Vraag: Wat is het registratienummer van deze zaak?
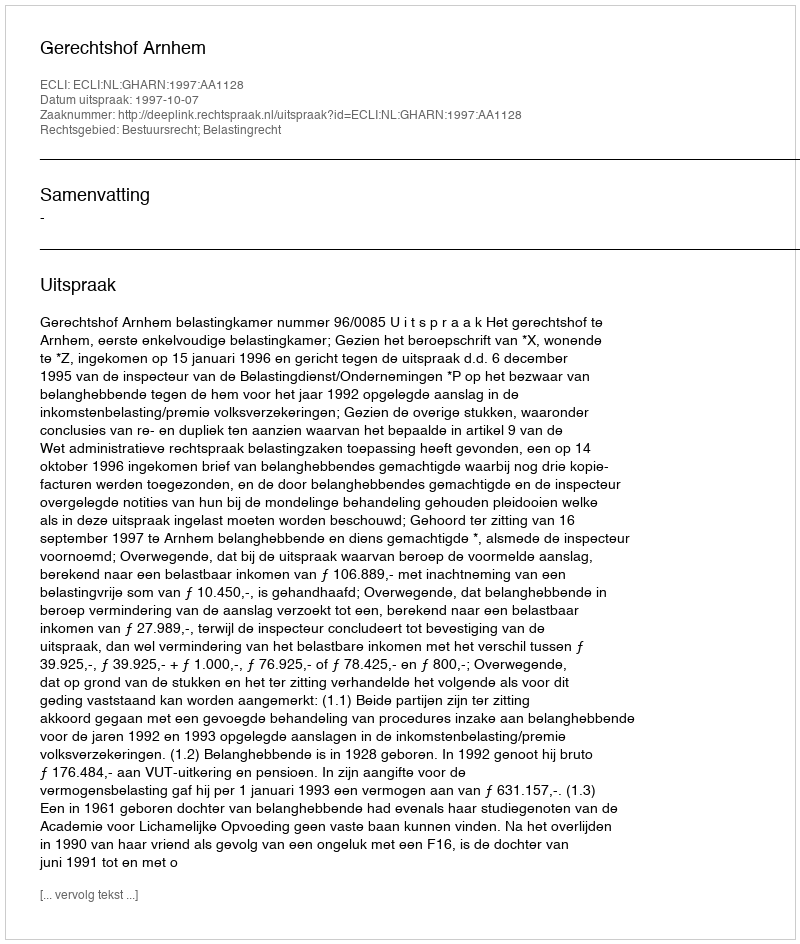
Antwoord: http://deeplink.rechtspraak.nl/uitspraak?id=ECLI:NL:GHARN:1997:AA1128